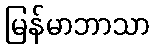
မြန်မာဘာသာ